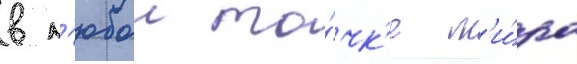
в л'юбои то́чк'е м'и́ра